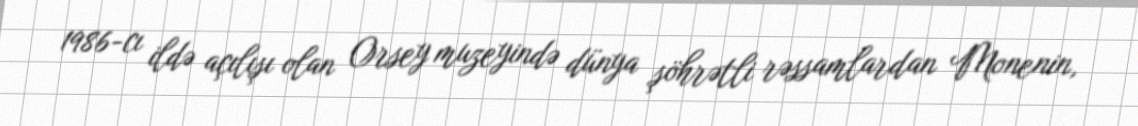
1986-cı ildə açılışı olan Orsey muzeyində dünya şöhrətli rəssamlardan Monenin,